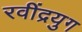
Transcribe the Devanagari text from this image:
रवींद्रयुग